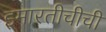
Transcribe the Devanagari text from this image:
इमारतीचीची